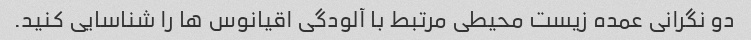
دو نگرانی عمده زیست محیطی مرتبط با آلودگی اقیانوس ها را شناسایی کنید.